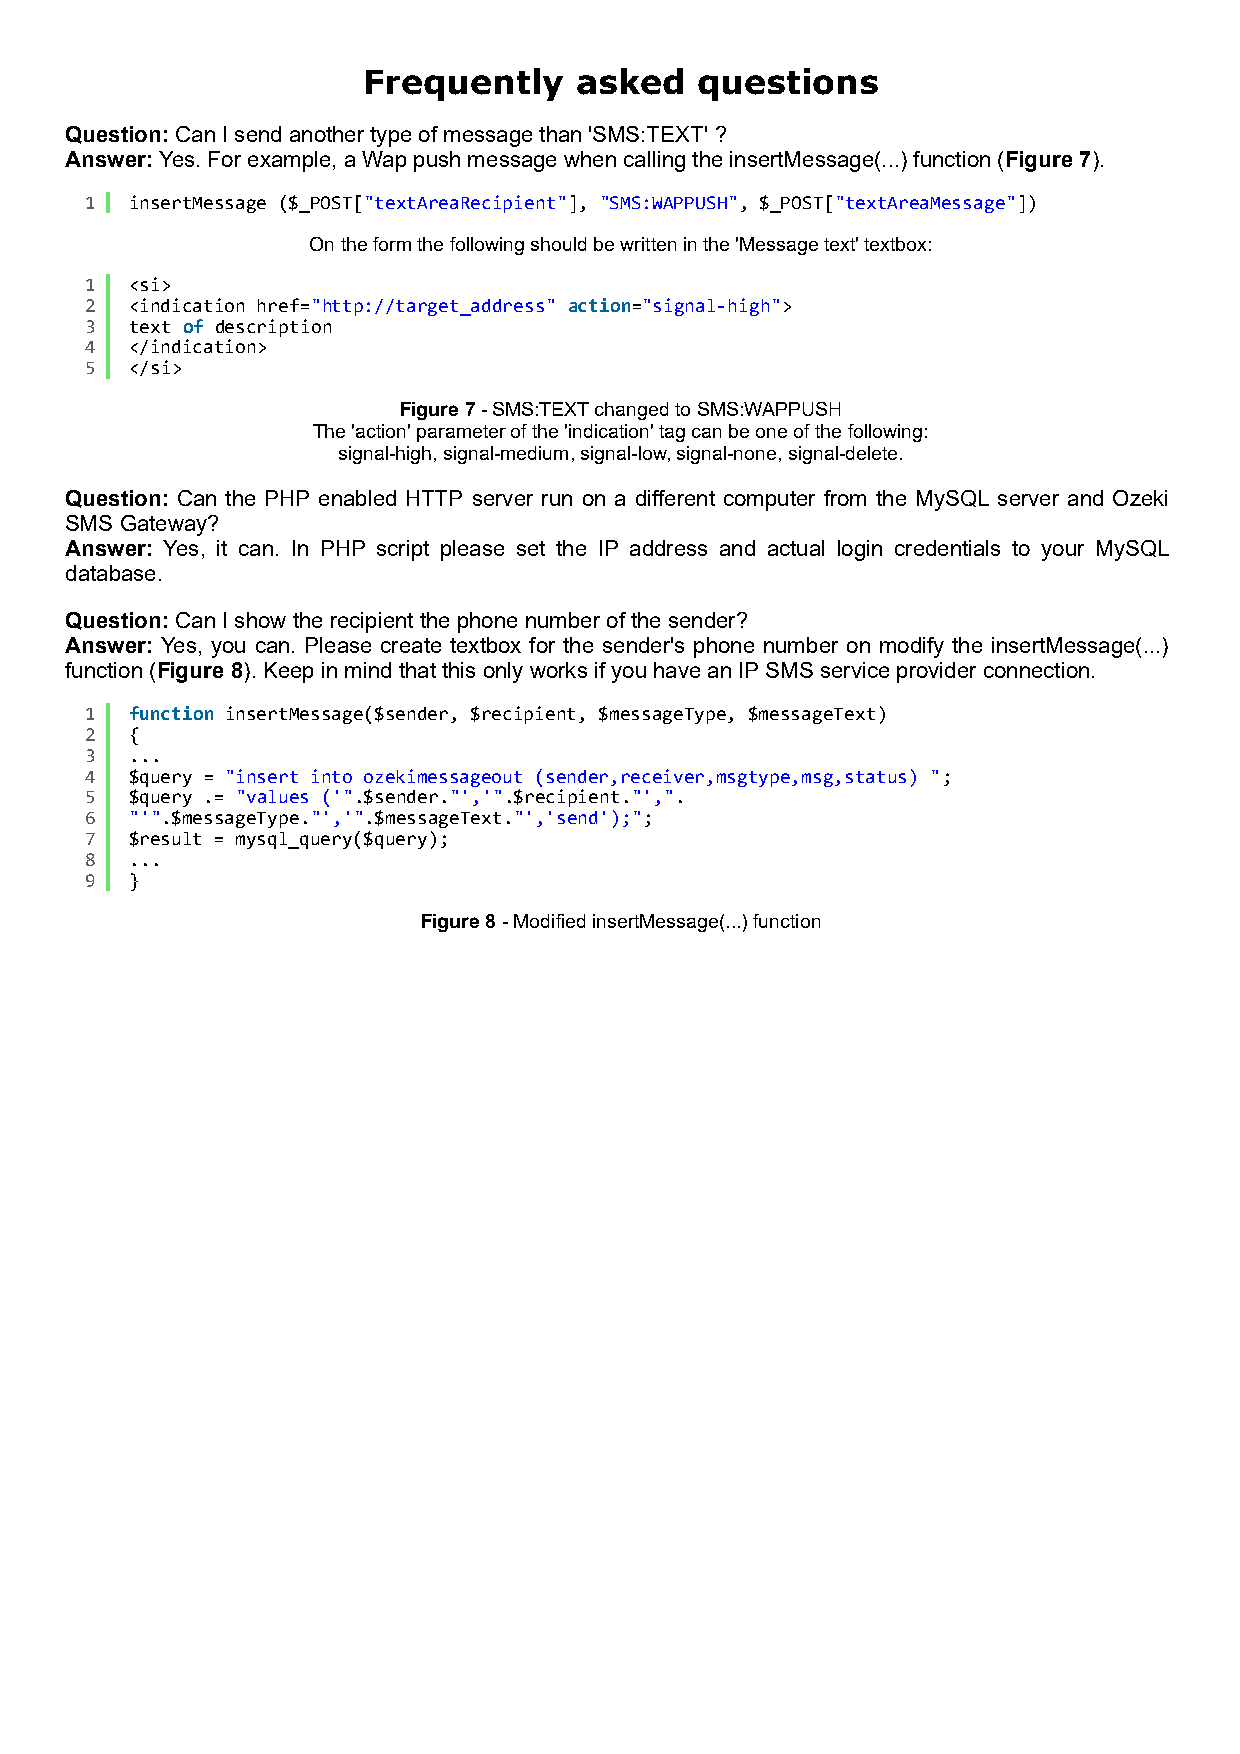
Frequently    asked   questions
 Question: Can I send another type of message than 'SMS:TEXT' ?
 Answer: Yes. For example, a Wap push message when calling the insertMessage(...) function (Figure 7).
 1  insertMessage ($_POST["textAreaRecipient"], "SMS:WAPPUSH", $_POST["textAreaMessage"])
 On the form the following should be written in the 'Message text' textbox:
 1  <si>
 2  <indication href="http://target_address" action="signal-high">
 3  text of description
 4  </indication>
 5  </si>
 Figure 7 - SMS:TEXT changed to SMS:WAPPUSH
 The 'action' parameter of the 'indication' tag can be one of the following:
 signal-high, signal-medium, signal-low, signal-none, signal-delete.
 Question: Can the PHP enabled HTTP server run on a different computer from the MySQL server and Ozeki
 SMS Gateway?
 Answer: Yes, it can. In PHP script please set the IP address and actual login credentials to your MySQL
 database.
 Question: Can I show the recipient the phone number of the sender?
 Answer: Yes, you can. Please create textbox for the sender's phone number on modify the insertMessage(...)
 function (Figure 8). Keep in mind that this only works if you have an IP SMS service provider connection.
 1  function insertMessage($sender, $recipient, $messageType, $messageText)
 2  {
 3  ...
 4  $query = "insert into ozekimessageout (sender,receiver,msgtype,msg,status) ";
 5  $query .= "values ('".$sender."','".$recipient."',".
 6  "'".$messageType."','".$messageText."','send');";
 7  $result = mysql_query($query);
 8  ...
 9  }
 Figure 8 - Modified insertMessage(...) function